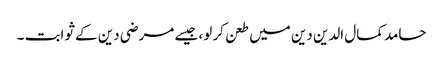
حامد کمال الدین دین میں طعن کر لو، جیسے مرضی دین کے ثوابت ۔